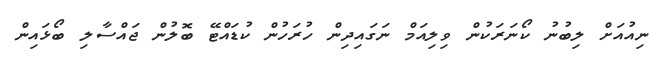
ނިއުއަށް ލިބުނު ކޯނަރަކުން ވިލިއަމް ނަގައިދިން ހުރަހުން ކުޑައްޓޭ ބޮލުން ޖައްސާލި ބޯޅައިން